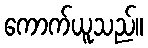
ကောက်ယူသည်။